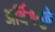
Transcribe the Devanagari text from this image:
अर्थिंगमुळे